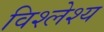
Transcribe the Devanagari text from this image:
विश्लेश्य